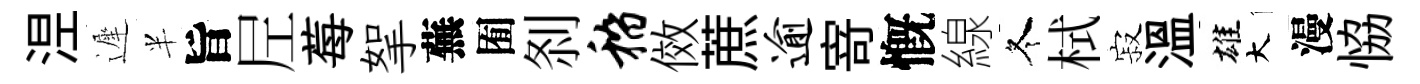
𣵀遲半旨𡰱莓挐蕪囿𠛴稽傚蔗逾𭔃慨線冬栻寂温雄大漫恊